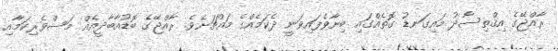
ރާއްޖޭގެ އިޤްތިސާދު މައިގަނޑު ގޮތެއްގައި ބިނާވެފައިވަނީ ދެކަމެއްގެ މައްޗަށެވެ. ރާއްޖޭގެ ބޮޑުއާބާދީއެއް މަސްވެރިކަމާއި